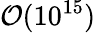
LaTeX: \mathcal{O}(10^{15})